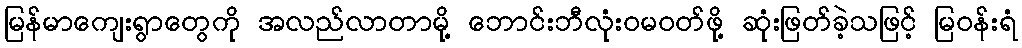
မြန်မာကျေးရွာတွေကို အလည်လာတာမို့ ဘောင်းဘီလုံးဝမဝတ်ဖို့ ဆုံးဖြတ်ခဲ့သဖြင့် မြဝန်းရံ